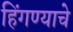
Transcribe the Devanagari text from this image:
हिंगण्याचे